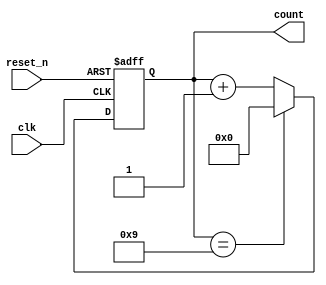
module BCD_Asynchronous_Counter (
    input wire clk,          // Clock input
    input wire reset_n,     // Asynchronous active-low reset
    output reg [3:0] count  // 4-bit BCD output
);

// Asynchronous reset and counting logic
always @(posedge clk or negedge reset_n) begin
    if (!reset_n) begin
        // Asynchronous reset
        count <= 4'b0000;
    end else begin
        // Count logic
        if (count == 4'b1001) begin
            // If count reaches 9 (1001), reset to 0
            count <= 4'b0000;
        end else begin
            // Increment the counter
            count <= count + 1;
        end
    end
end

endmodule